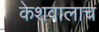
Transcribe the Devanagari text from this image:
केशवालाच